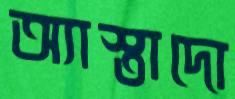
অ্যাস্তাদো